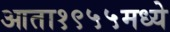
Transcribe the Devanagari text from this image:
आता१९५५मध्ये